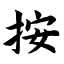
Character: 按